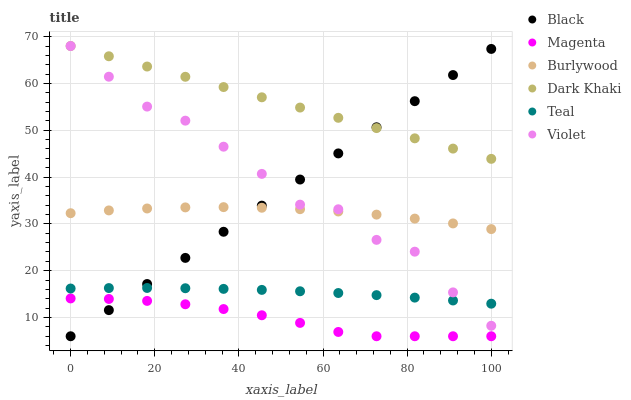
| xaxis_label | Black | Magenta | Burlywood | Dark Khaki | Teal | Violet |
 | --- | --- | --- | --- | --- | --- | --- |
 | 0 | 6 | 14.1 | 32.3 | 68 | 16.2 | 68 |
 | 9.09 | 11.6 | 14 | 32.9 | 65.8 | 16.3 | 61.4 |
 | 18.2 | 17.2 | 13.6 | 33.3 | 63.6 | 16.3 | 55.1 |
 | 27.3 | 22.7 | 12.8 | 33.5 | 61.4 | 16.3 | 52.1 |
 | 36.4 | 28.3 | 11.8 | 33.6 | 59.2 | 16.1 | 46.5 |
 | 45.5 | 33.9 | 10.5 | 33.5 | 57 | 15.9 | 40.7 |
 | 54.5 | 39.5 | 8.85 | 33.1 | 54.9 | 15.6 | 34.1 |
 | 63.6 | 45.1 | 6.92 | 32.7 | 52.7 | 15.2 | 33.1 |
 | 72.7 | 50.6 | 6 | 32 | 50.5 | 14.8 | 26.6 |
 | 81.8 | 56.2 | 6 | 31.1 | 48.3 | 14.3 | 24.1 |
 | 90.9 | 61.8 | 6 | 30.1 | 46.1 | 13.6 | 15.4 |
 | 100 | 67.4 | 6 | 28.9 | 43.9 | 13 | 8.24 |